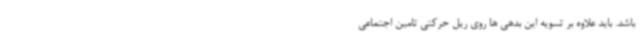
باشد. باید علاوه بر تسویه این بدهی ها روی ریل حرکتی تامین اجتماعی